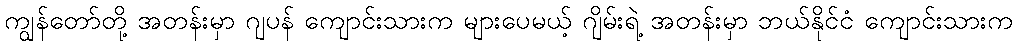
ကျွန်တော်တို့ အတန်းမှာ ဂျပန် ကျောင်းသားက များပေမယ့် ဂျိမ်းရဲ့ အတန်းမှာ ဘယ်နိုင်ငံ ကျောင်းသားက